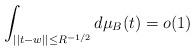
LaTeX: \begin{align*} \int_{||t-w||\leq R^{-1/2}}d\mu_{B}(t)=o(1) \end{align*}